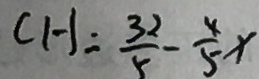
C H = \frac { 3 2 } { 5 } - \frac { 4 } { 5 } x